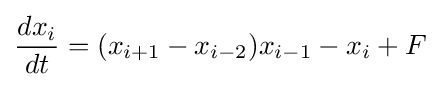
{\frac {dx_{i}}{dt}}=(x_{i+1}-x_{i-2})x_{i-1}-x_{i}+F